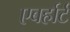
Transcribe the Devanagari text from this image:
एबर्हार्ट